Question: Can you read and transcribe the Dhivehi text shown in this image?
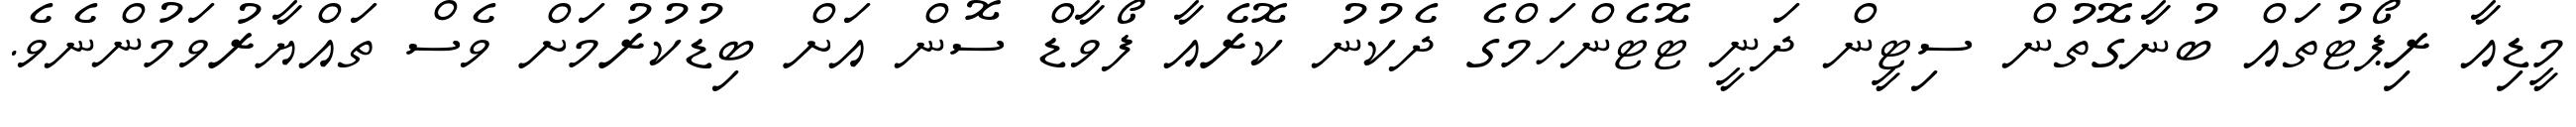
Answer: މީޑިއާ ރިޕޯޓުތައް ބުނާގޮތުން ސިޓީން ދަނީ ޓޮޓެންހަމްގެ ދެކުނު ކޮރެއާ ފޯވާޑް ސޮން އަށް ބިޑުކުރުމަށް ވެސް ތައްޔާރުވަމުންނެވެ.